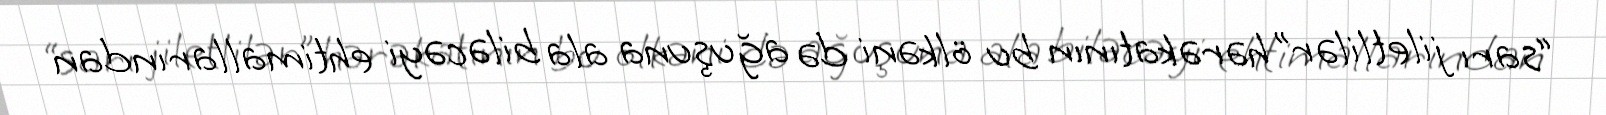
“sarı jiletlilər” hərəkatının bu ölkəni də ağuşuna ala biləcəyi ehtimallarından